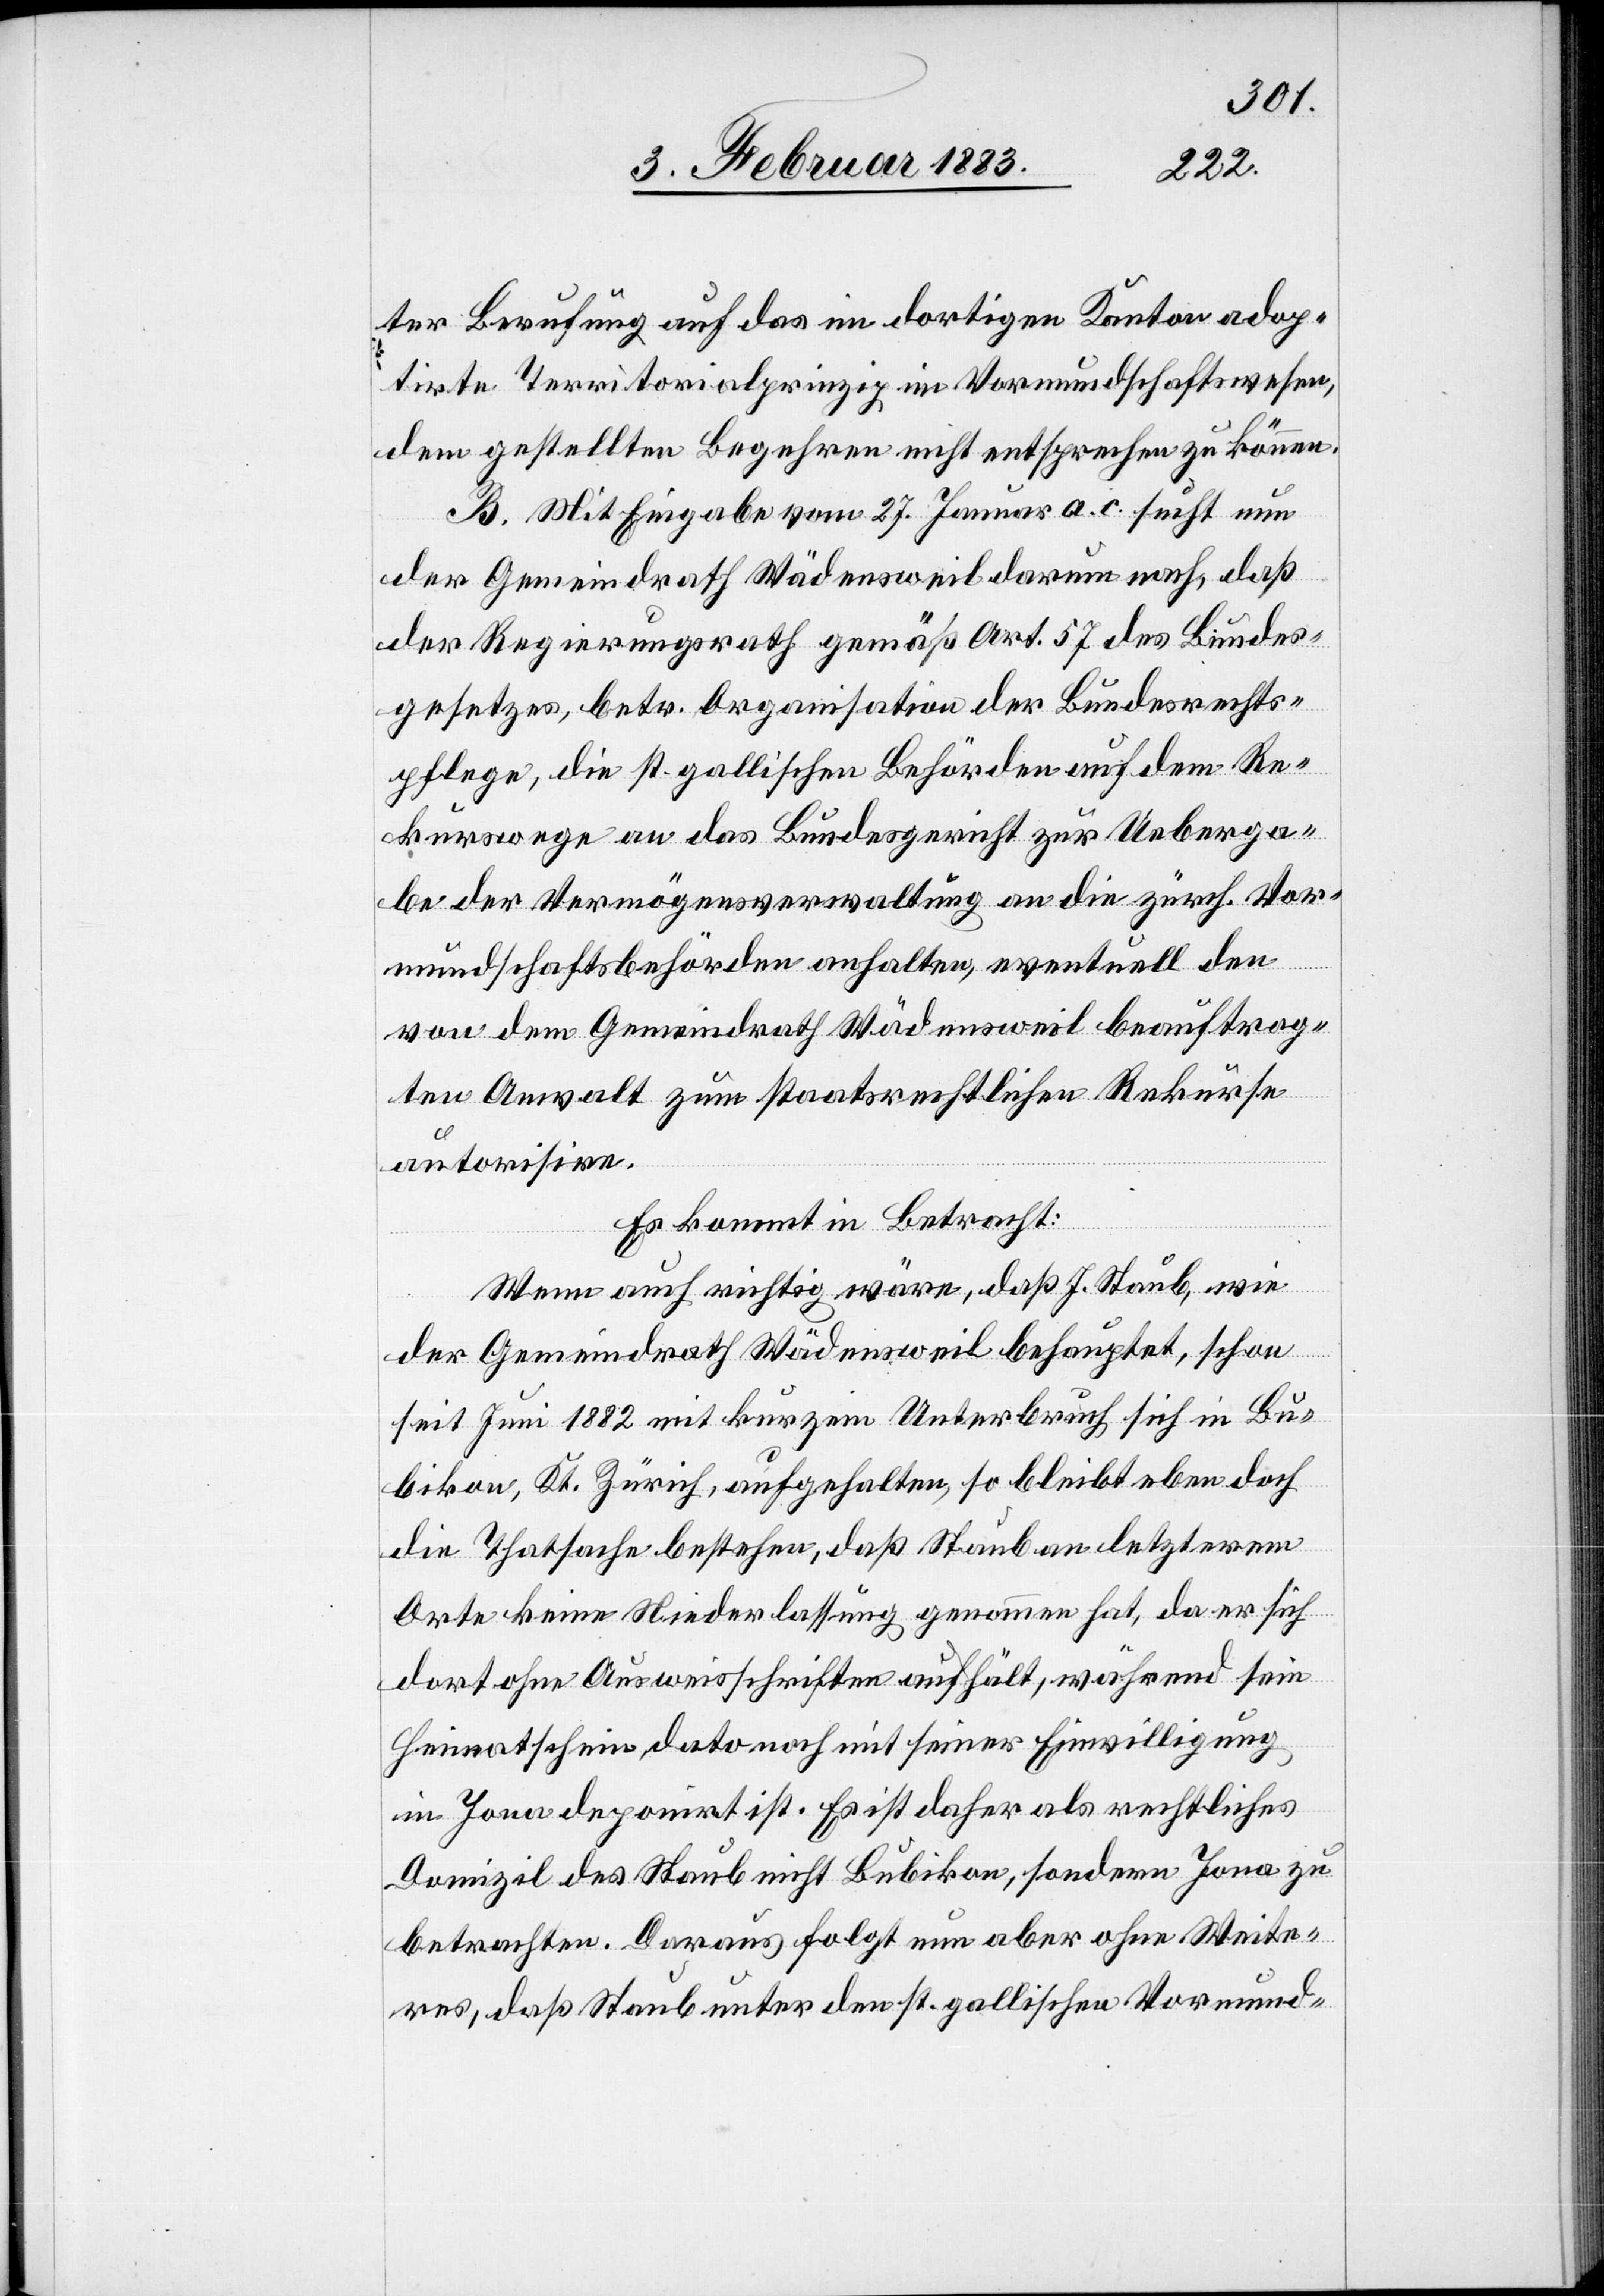
ter Berufung auf das im dortigen Kanton adop¬
tirte Territorialprinzip im Vormundschaftswesen,
dem gestellten Begehren nicht entsprechen zu können.
B. Mit Eingabe vom 27. Januar a. c. sucht nun
der Gemeindrath Wädensweil darum nach, daß
der Regierungsrath gemäß Art. 57 des Bundes¬
gesetzes, betr. Organisation der Bundesrechts¬
pflege, die st. gallischen Behörden auf dem Re¬
kurswege an das Bundesgericht zur Ueberga¬
be der Vermögensverwaltung an die zürch. Vor¬
mundschaftsbehörden anhalten [sic!], eventuell den
von dem Gemeindrath Wädensweil beauftrag¬
ten Anwalt zum staatsrechtlichen Rekurse
autorisire.
Es kommt in Betracht:
Wenn auch richtig wäre, daß J. Staub, wie
der Gemeindrath Wädensweil behauptet, schon
seit Juni 1882 mit kurzem Unterbruch sich in Bu¬
bikon, Kt. Zürich, aufgehalten, so bleibt eben doch
die Thatsache bestehen, daß Staub an letzterem
Orte keine Niederlassung genommen hat, da er sich
dort ohne Ausweisschriften aufhält, während sein
Heimatschein dato noch mit seiner Einwilligung
in Jona deponirt ist. Es ist daher als rechtliches
Domizil des Staub nicht Bubikon, sondern Jona zu
betrachten. Daraus folgt nun aber ohne Weite¬
res, daß Staub unter den st. gallischen Vormund-